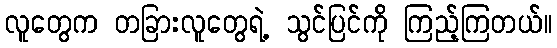
လူတွေက တခြားလူတွေရဲ့ သွင်ပြင်ကို ကြည့်ကြတယ်။